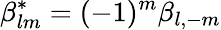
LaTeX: \beta_{lm}^{\ast}=(-1)^{m}\beta_{l,-m}